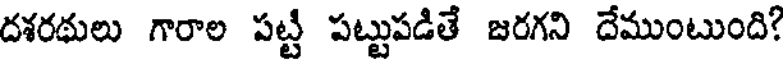
దశరథులు గారాల పట్టీ పట్టుపడితే జరగని దేముంటుంది?